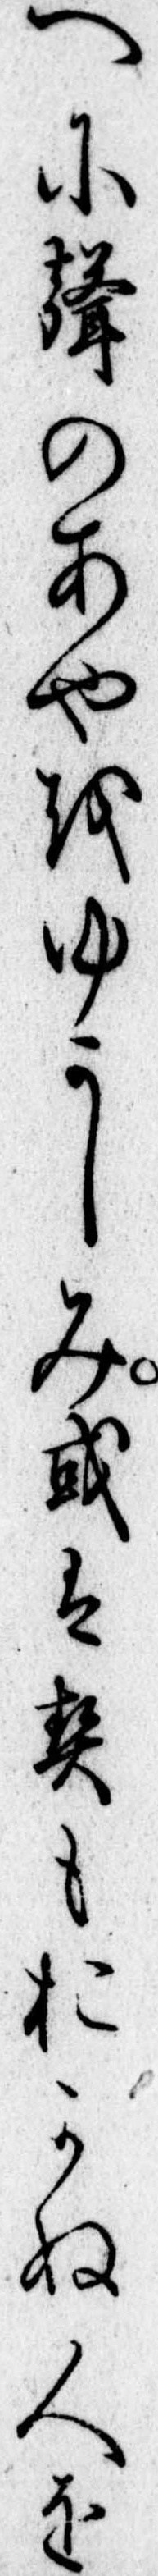
へに声のあやをゆかしみ或は契もおかぬ人を